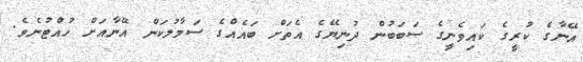
އޭނާގެ ކުރީގެ ކައިވެނީގެ ސަބަބުން ދުނިޔޭގެ އެތަށް ބައެއްގެ ސަމާލުކަން އޭނާއަށް ހުއްޓުނެވެ.